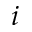
i